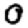
Digit: 0